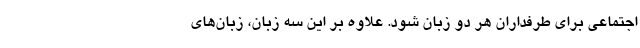
اجتماعی برای طرفداران هر دو زبان شود. علاوه بر این سه زبان، زبان‌های